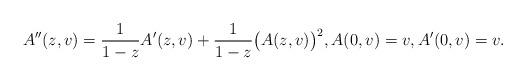
LaTeX: \begin{align*} A''(z,v) = \frac{1}{1-z} A'(z,v) + \frac{1}{1-z} \big(A(z,v)\big)^{2}, A(0,v)=v, A'(0,v)=v.\end{align*}